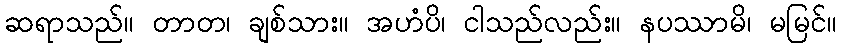
ဆရာသည်။ တာတ၊ ချစ်သား။ အဟံပိ၊ ငါသည်လည်း။ နပဿာမိ၊ မမြင်။